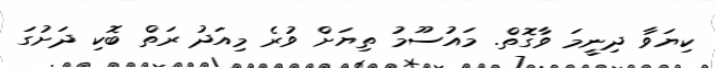
ކިޔަވާ ދިނީމަ ވާގޮތް. މައުސޫމު ތިޔަށް ވުރެ މިއަދު ރަތް ބޮކި ދަށުގަ